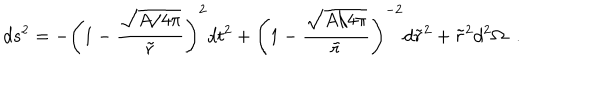
d s ^ { 2 } = - \left( 1 - { \frac { \sqrt { A / 4 \pi } } { \tilde { r } } } \right) ^ { 2 } d t ^ { 2 } + \left( 1 - { \frac { \sqrt { A / 4 \pi } } { \tilde { r } } } \right) ^ { - 2 } d \tilde { r } ^ { 2 } + \tilde { r } ^ { 2 } d ^ { 2 } \Omega \; \; .